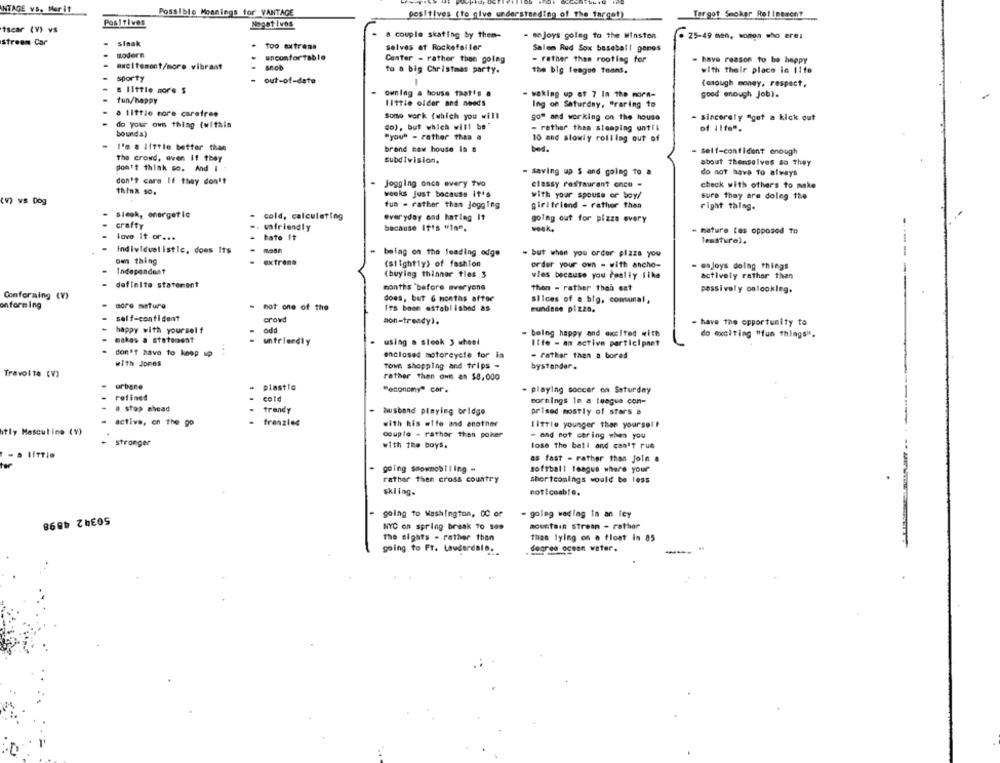
NTAGE VS. Merit
Possible Meanings for VANTAGE
positives (to give understanding of the target)
Tergot Smoker Refinement
Positives
Negativos
iscar (V) vs
& couple skating by them-
- sejoys golag to the Winston
25-49 men, wonga who are:
stream Car
sinak
Too extrema
selves at Rockefeller
modern
Salem Red Sox baseball gones
uncomfortable
Canter - rather than golng
- rather than rooting for
- have reason to be happy
excitement/more vibrant
snob
to a big Christmas party.
with their place in I1te
sporty
the big league toans.
out-of-date
-
(osough money, respect,
a Ilttle more $
ownIng & house that's a
tun/happy
waking up at 7 In the morn-
good enough Job).
little older and needs
Ing on Saturday. "raring to
a little more carafree
Some work (which you will
go" and working on the house
- sincerely "get a kick out
do your own thing (within
do), but which will be"
- rather than stomping until
of ilfe".
bound s)
"you" - rather than a
10 and slowly rolling out of
I'm a little better than
brand new house la o
bed.
- self-confident enough
the crowd, oven 11 they
subdivision.
don't think so. And I .
about thenselves so they
- saving up $ and going to a
do not have to always
don't care If they don't
Jogging once every two
classy restaurant once -
think so.
check with others to make
weeks Just because it's
with your spouse or boy
sure they are doleg the
(V) vs Dog
tua . rather than jogging
girlfriend - rather than
right thing.
Sieok, energetic
- cold, calculating
everyday and hating It
going out for pizze every
crafty
. unfriendly
because It's "in".
week.
- mature tas opposed to
love it or ...
- hate It
lessture).
Individual istle, does Its
.
being on the leading edge
- but when you order pizza you
om thing
extreme
(stightly) of fashion
order your own - with ancho-
- enjoys doing things
Independent
(buying thinner tles 3
wies because you really like
actively rather than
- definito statement
months "before everyone
then - rather than est
passively onlooking.
Conforming (V)
does, but 6 months after
onforming
- more mature
Slices of a big, comunal,
- hat one of the
ITS been established as
rundene pizza.
self-contident
crowd
aon-trendy).
- have the opportunity to
odd
happy with yourself
- being happy and excited with
do exciting "fun things".
makes a statement
unfriendly
using . slock 3 wheel
Ilfe - an active participnet
don't have to keep up
enclosed motorcycle for in
- rather than a bored
with Jones
Town shopping and trips -
bystander.
Travolta (V)
rather than own as $8,000
.
urbane
plastic
"economy" car.
- playing soccer on Saturday
refined
cold
mornings in a teagua con-
a stop ahead
trendy
.
awusband playing bridge
prised mostly of stars a
active, on the go
frenzies
with his wife and another
little younger than yourse! !
htly Masculino (V)
couple - rather than poker
- and not caring when you
stronger
with the boys.
lose the ball and can't run
as fast - rather than Join &
ter
going snowmobiling =
softball teague where your
rather then cross country
Shortcomings would be less
skling.
noticeable.
50342 4898
going to Washington, DC or
- goleg wadlag In an ley
NYC on spring break to ses
mountain strean - rather
the sights - rather than
Thas lying on a float in 85
going to FT. Lauderdale.
degree ocean water.